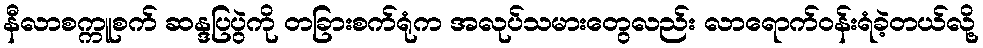
နီလာစက္ကူစက် ဆန္ဒပြပွဲကို တခြားစက်ရုံက အလုပ်သမားတွေလည်း လာရောက်ဝန်းရံခဲ့တယ်လို့